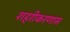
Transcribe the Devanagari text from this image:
शहरीकरणास